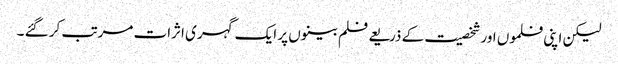
لیکن اپنی فلموں اور شخصیت کے ذریعے فلم بینوں پر ایک گہری اثرات مرتب کر گئے ۔